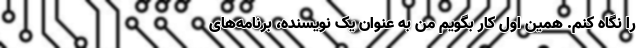
را نگاه کنم. همین اول کار بگویم من به عنوان یک نویسنده، برنامه‌های